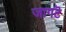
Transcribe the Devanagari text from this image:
जागटॆ